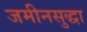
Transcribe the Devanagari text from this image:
जमीनसुद्धा